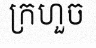
ក្រហួច